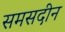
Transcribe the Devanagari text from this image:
समसदीन